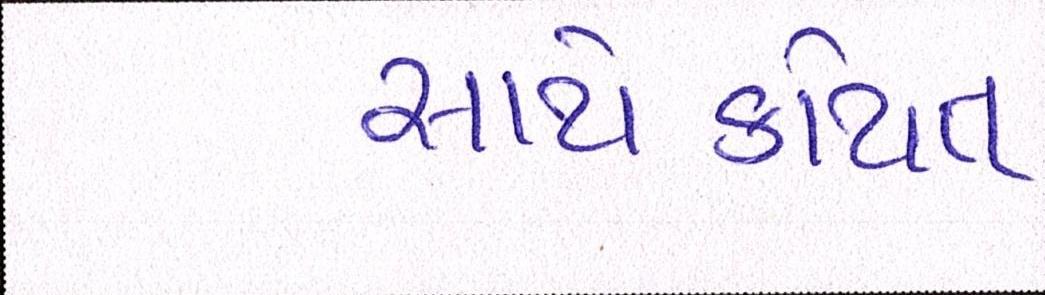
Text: સાથેકથિત